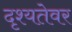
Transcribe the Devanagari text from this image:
दृश्यतेवर